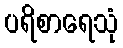
ပရိစာရေသုံ